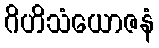
ဂိဟိသံယောဇနံ